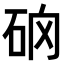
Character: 𥑨